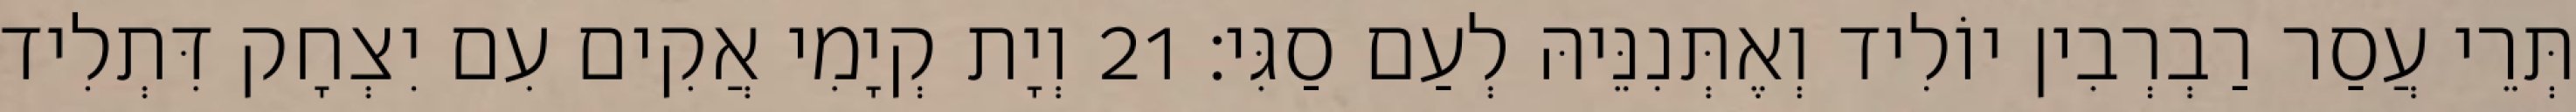
תְּרֵי עֲסַר רַבְרְבִין יוֹלִיד וְאֶתְּנִנֵּיהּ לְעַם סַגִּי׃ 21 וְיָת קְיָמִי אֲקִים עִם יִצְחָק דִּתְלִיד